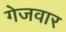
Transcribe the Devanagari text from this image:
गेजवार